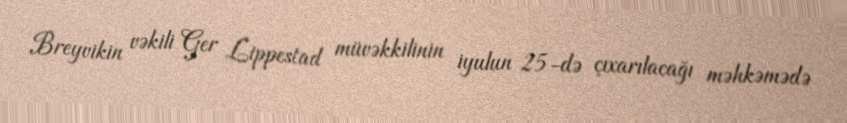
Breyvikin vəkili Ger Lippestad müvəkkilinin iyulun 25-də çıxarılacağı məhkəmədə